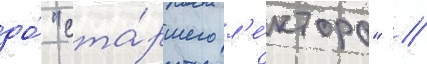
до́ "ста́ршего л'е́ктора" //